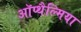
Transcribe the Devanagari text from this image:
ऑप्‍थैल्मिया